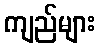
ကျည်များ